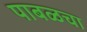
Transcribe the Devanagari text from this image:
पाबळचा